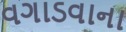
વગાડવાના